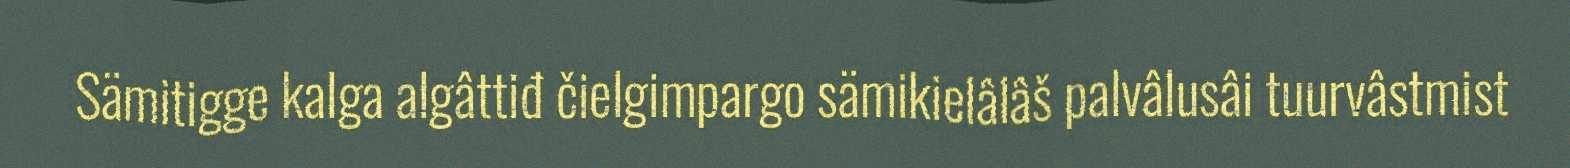
Sämitigge kalga algâttiđ čielgimpargo sämikielâlâš palvâlusâi tuurvâstmist